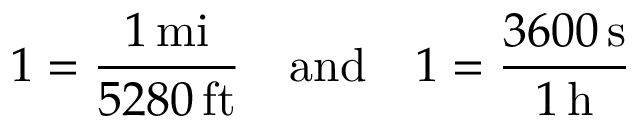
1 = { \frac { 1 \, \mathrm { m i } } { 5 2 8 0 \, \mathrm { f t } } } \quad \mathrm { a n d } \quad 1 = { \frac { 3 6 0 0 \, \mathrm { s } } { 1 \, \mathrm { h } } }